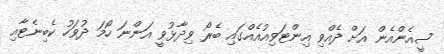
ސީއެންއެން އަށް ދެއްވި އިންޓަވިއުއެއްގައި ބެރޯ ވިދާޅުވީ އަންނަ ހޯމަ ދުވަހު ކެބިނެޓާއި